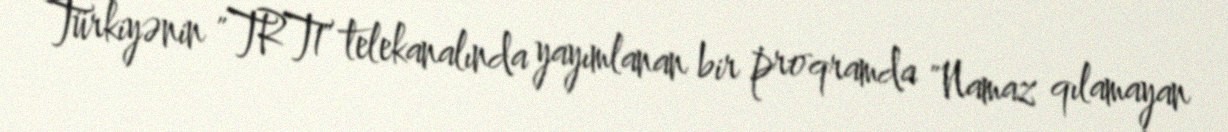
Türkiyənin "TRT1" telekanalında yayımlanan bir proqramda "Namaz qılamayan